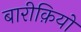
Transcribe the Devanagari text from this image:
बारीक़ियों